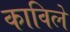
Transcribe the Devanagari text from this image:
काविले